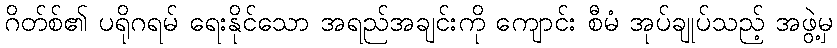
ဂိတ်စ်၏ ပရိုဂရမ် ရေးနိုင်သော အရည်အချင်းကို ကျောင်း စီမံ အုပ်ချုပ်သည့် အဖွဲ့မှ